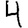
Digit: 4